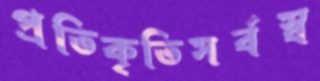
প্রতিকৃতিসর্বস্ব